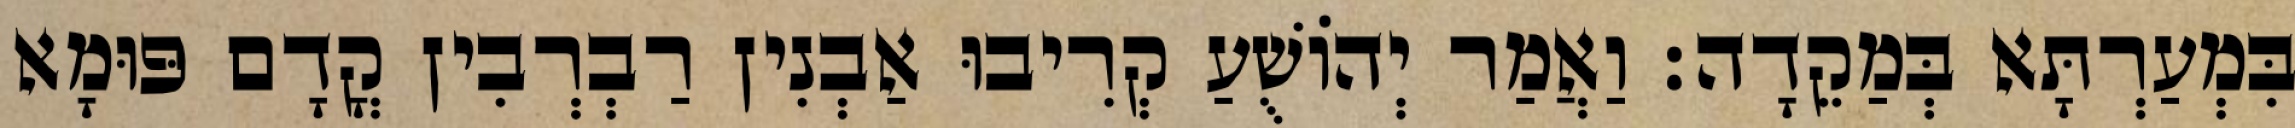
בִּמְעַרְתָּא בְּמַקֵדָה׃ וַאֲמַר יְהוֹשֻׁעַ קְרִיבוּ אַבְנִין רַבְרְבִין קֳדָם פּוּמָא